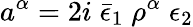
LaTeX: a^{\alpha}=2i\; \bar{\epsilon}_{1}\; \rho^{\alpha}\; \epsilon_{2}